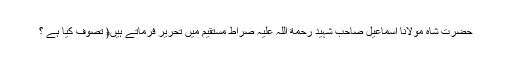
حضرت شاہ مولانا اسماعیل صاحب شہید رحمة اللہ علیہ صراط مستقیم میں تحریر فرماتے ہیں﴿ تصوف کیا ہے ؟